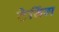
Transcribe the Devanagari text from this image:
टेबिंग